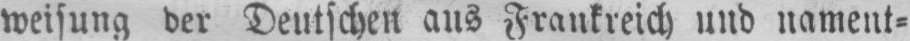
weisung der Deutschen aus Frankreich und nament⸗